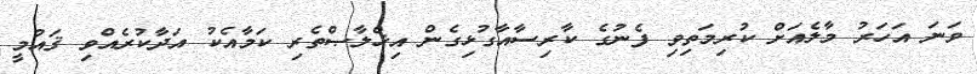
ވަނަ އަހަރު މާލެއަށް ކުރިމަތިވި ފެނުގެ ކާރިސާއާގުޅިގެން އިޚްލާޞްތެރި ކަމާއެކު އަދާކުރެއްވި ޤައުމީ